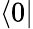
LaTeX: \langle 0|